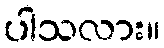
ပါသလား။